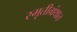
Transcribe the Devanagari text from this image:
स्मृतीग्रंथात